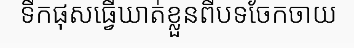
ទឹកផុសធ្វើឃាត់ខ្លួនពីបទចែកចាយ